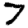
Digit: 7